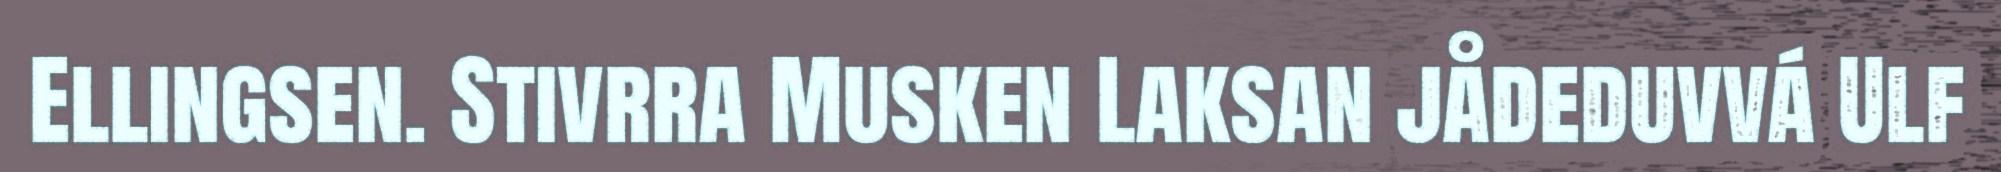
Ellingsen. Stivrra Musken Laksan jådeduvvá Ulf